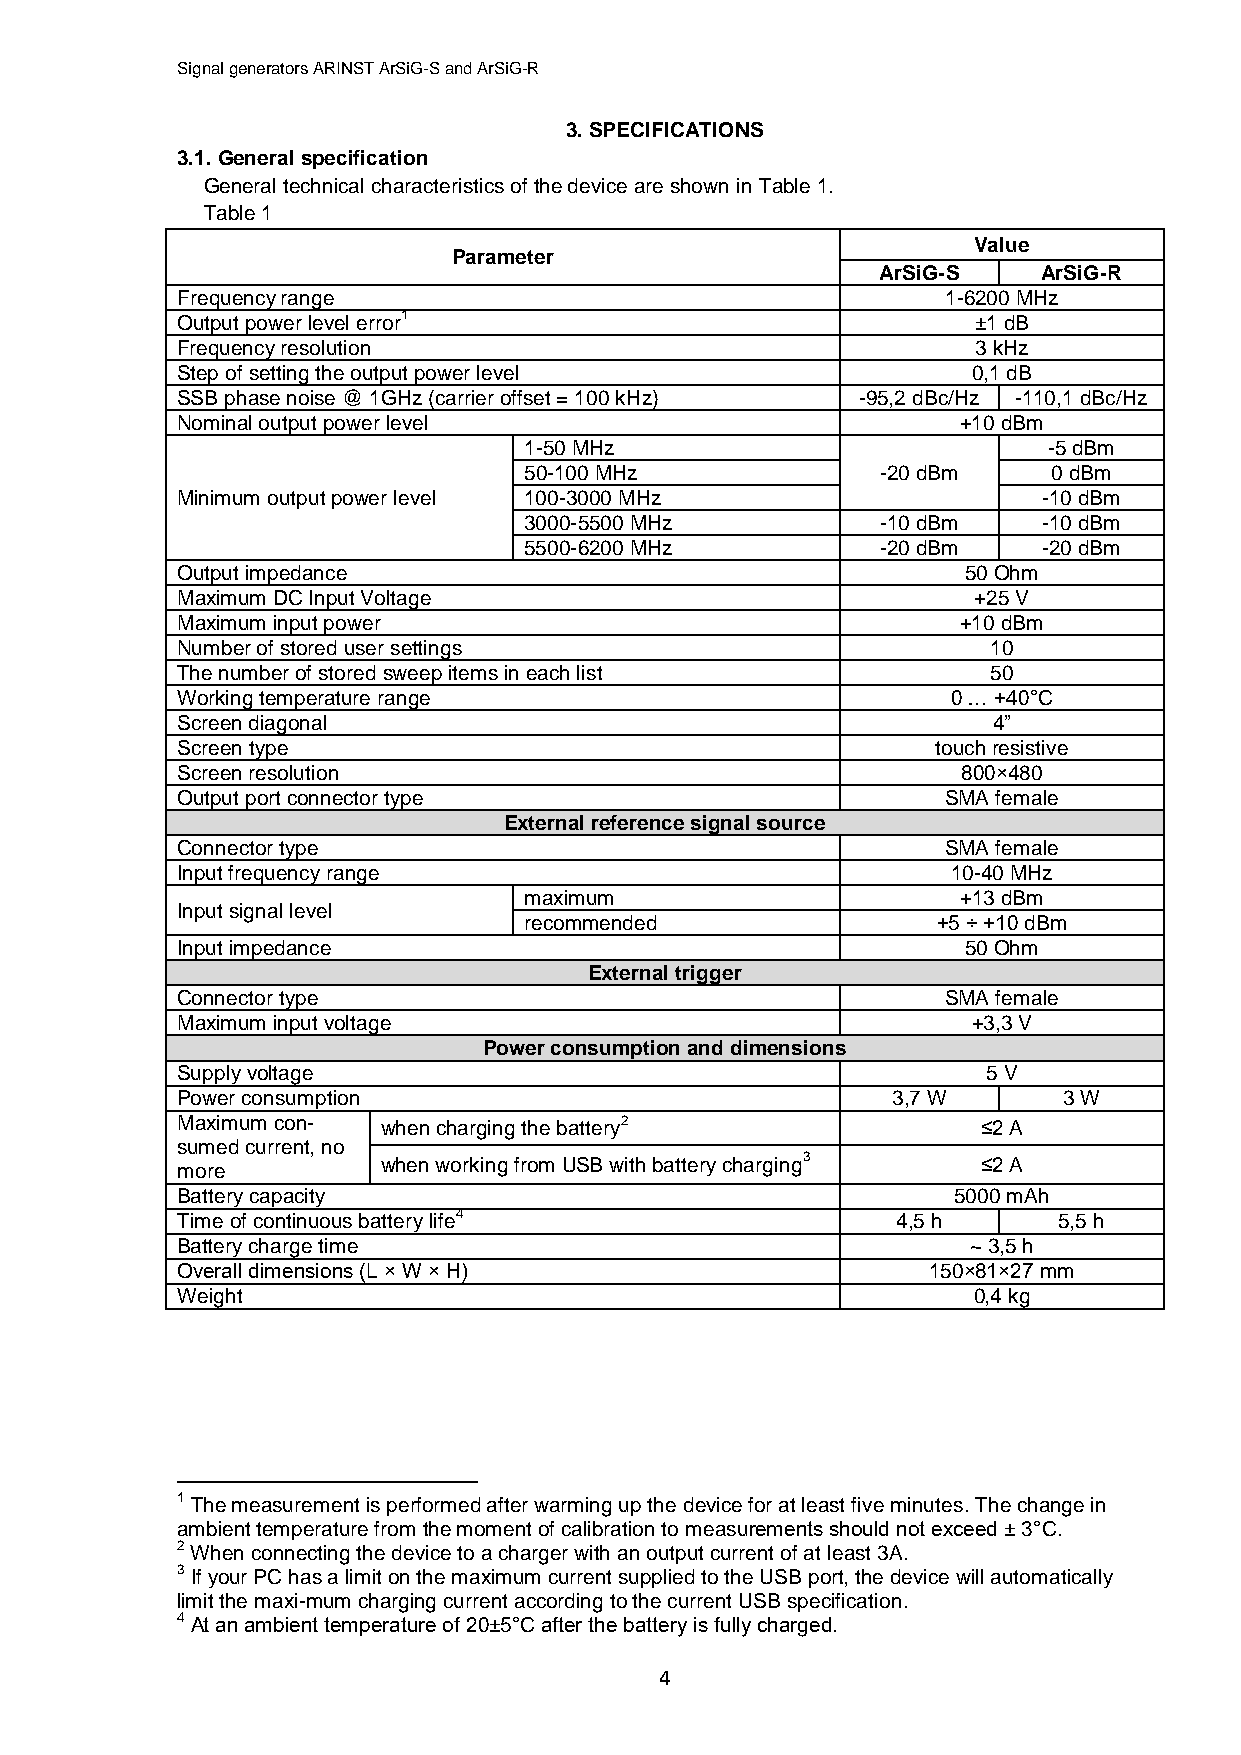
Signal generators ARINST ArSiG-S and ArSiG-R
 3. SPECIFICATIONS
 3.1. General specification
 General technical characteristics of the device are shown in Table 1.
 Table 1
 Value
 Parameter
 ArSiG-S    ArSiG-R
 Frequency range                                    1-6200 MHz
 Output power level error1                           ±1 dB
 Frequency resolution                                 3 kHz
 Step of setting the output power level              0,1 dB
 SSB phase noise @ 1GHz (carrier offset = 100 kHz) -95,2 dBc/Hz -110,1 dBc/Hz
 Nominal output power level                          +10 dBm
 1-50 MHz                          -5 dBm
 50-100 MHz             -20 dBm     0 dBm
 Minimum output power level 100-3000 MHz                  -10 dBm
 3000-5500 MHz          -10 dBm    -10 dBm
 5500-6200 MHz          -20 dBm    -20 dBm
 Output impedance                                    50 Ohm
 Maximum DC Input Voltage                            +25 V
 Maximum input power                                 +10 dBm
 Number of stored user settings                        10
 The number of stored sweep items in each list         50
 Working temperature range                          0 … +40°С
 Screen diagonal                                       4”
 Screen type                                       touch resistive
 Screen resolution                                   800×480
 Output port connector type                         SMA female
 External reference signal source
 Connector type                                     SMA female
 Input frequency range                              10-40 MHz
 maximum                      +13 dBm
 Input signal level
 recommended                +5 ÷ +10 dBm
 Input impedance                                     50 Ohm
 External trigger
 Connector type                                     SMA female
 Maximum input voltage                               +3,3 V
 Power consumption and dimensions
 Supply voltage                                       5 V
 Power consumption                              3,7 W      3 W
 Maximum con- when charging the battery2              ≤2 A
 sumed current, no
 when working from USB with battery charging3 ≤2 A
 more
 Battery capacity                                   5000 mAh
 Time of continuous battery life4               4,5 h      5,5 h
 Battery charge time                                 ~ 3,5 h
 Overall dimensions (L × W × H)                   150×81×27 mm
 Weight                                              0,4 kg
 1 The measurement is performed after warming up the device for at least five minutes. The change in
 ambient temperature from the moment of calibration to measurements should not exceed ± 3°С.
 2 When connecting the device to a charger with an output current of at least 3A.
 3 If your PC has a limit on the maximum current supplied to the USB port, the device will automatically
 limit the maxi-mum charging current according to the current USB specification.
 4 At an ambient temperature of 20±5°C after the battery is fully charged.
 4